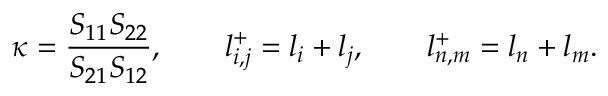
\kappa = \frac { S _ { 1 1 } S _ { 2 2 } } { S _ { 2 1 } S _ { 1 2 } } , \qquad l _ { i , j } ^ { + } = l _ { i } + l _ { j } , \qquad l _ { n , m } ^ { + } = l _ { n } + l _ { m } .